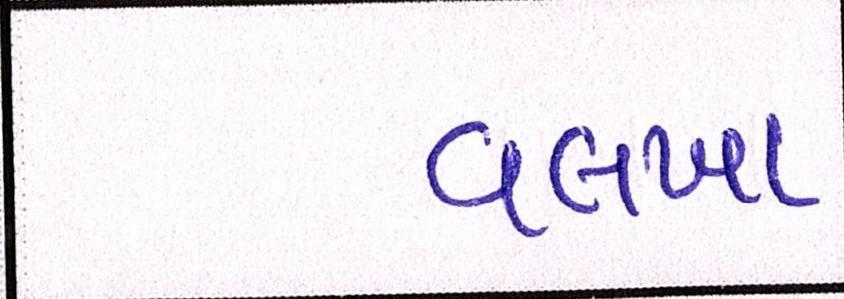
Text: વલખા